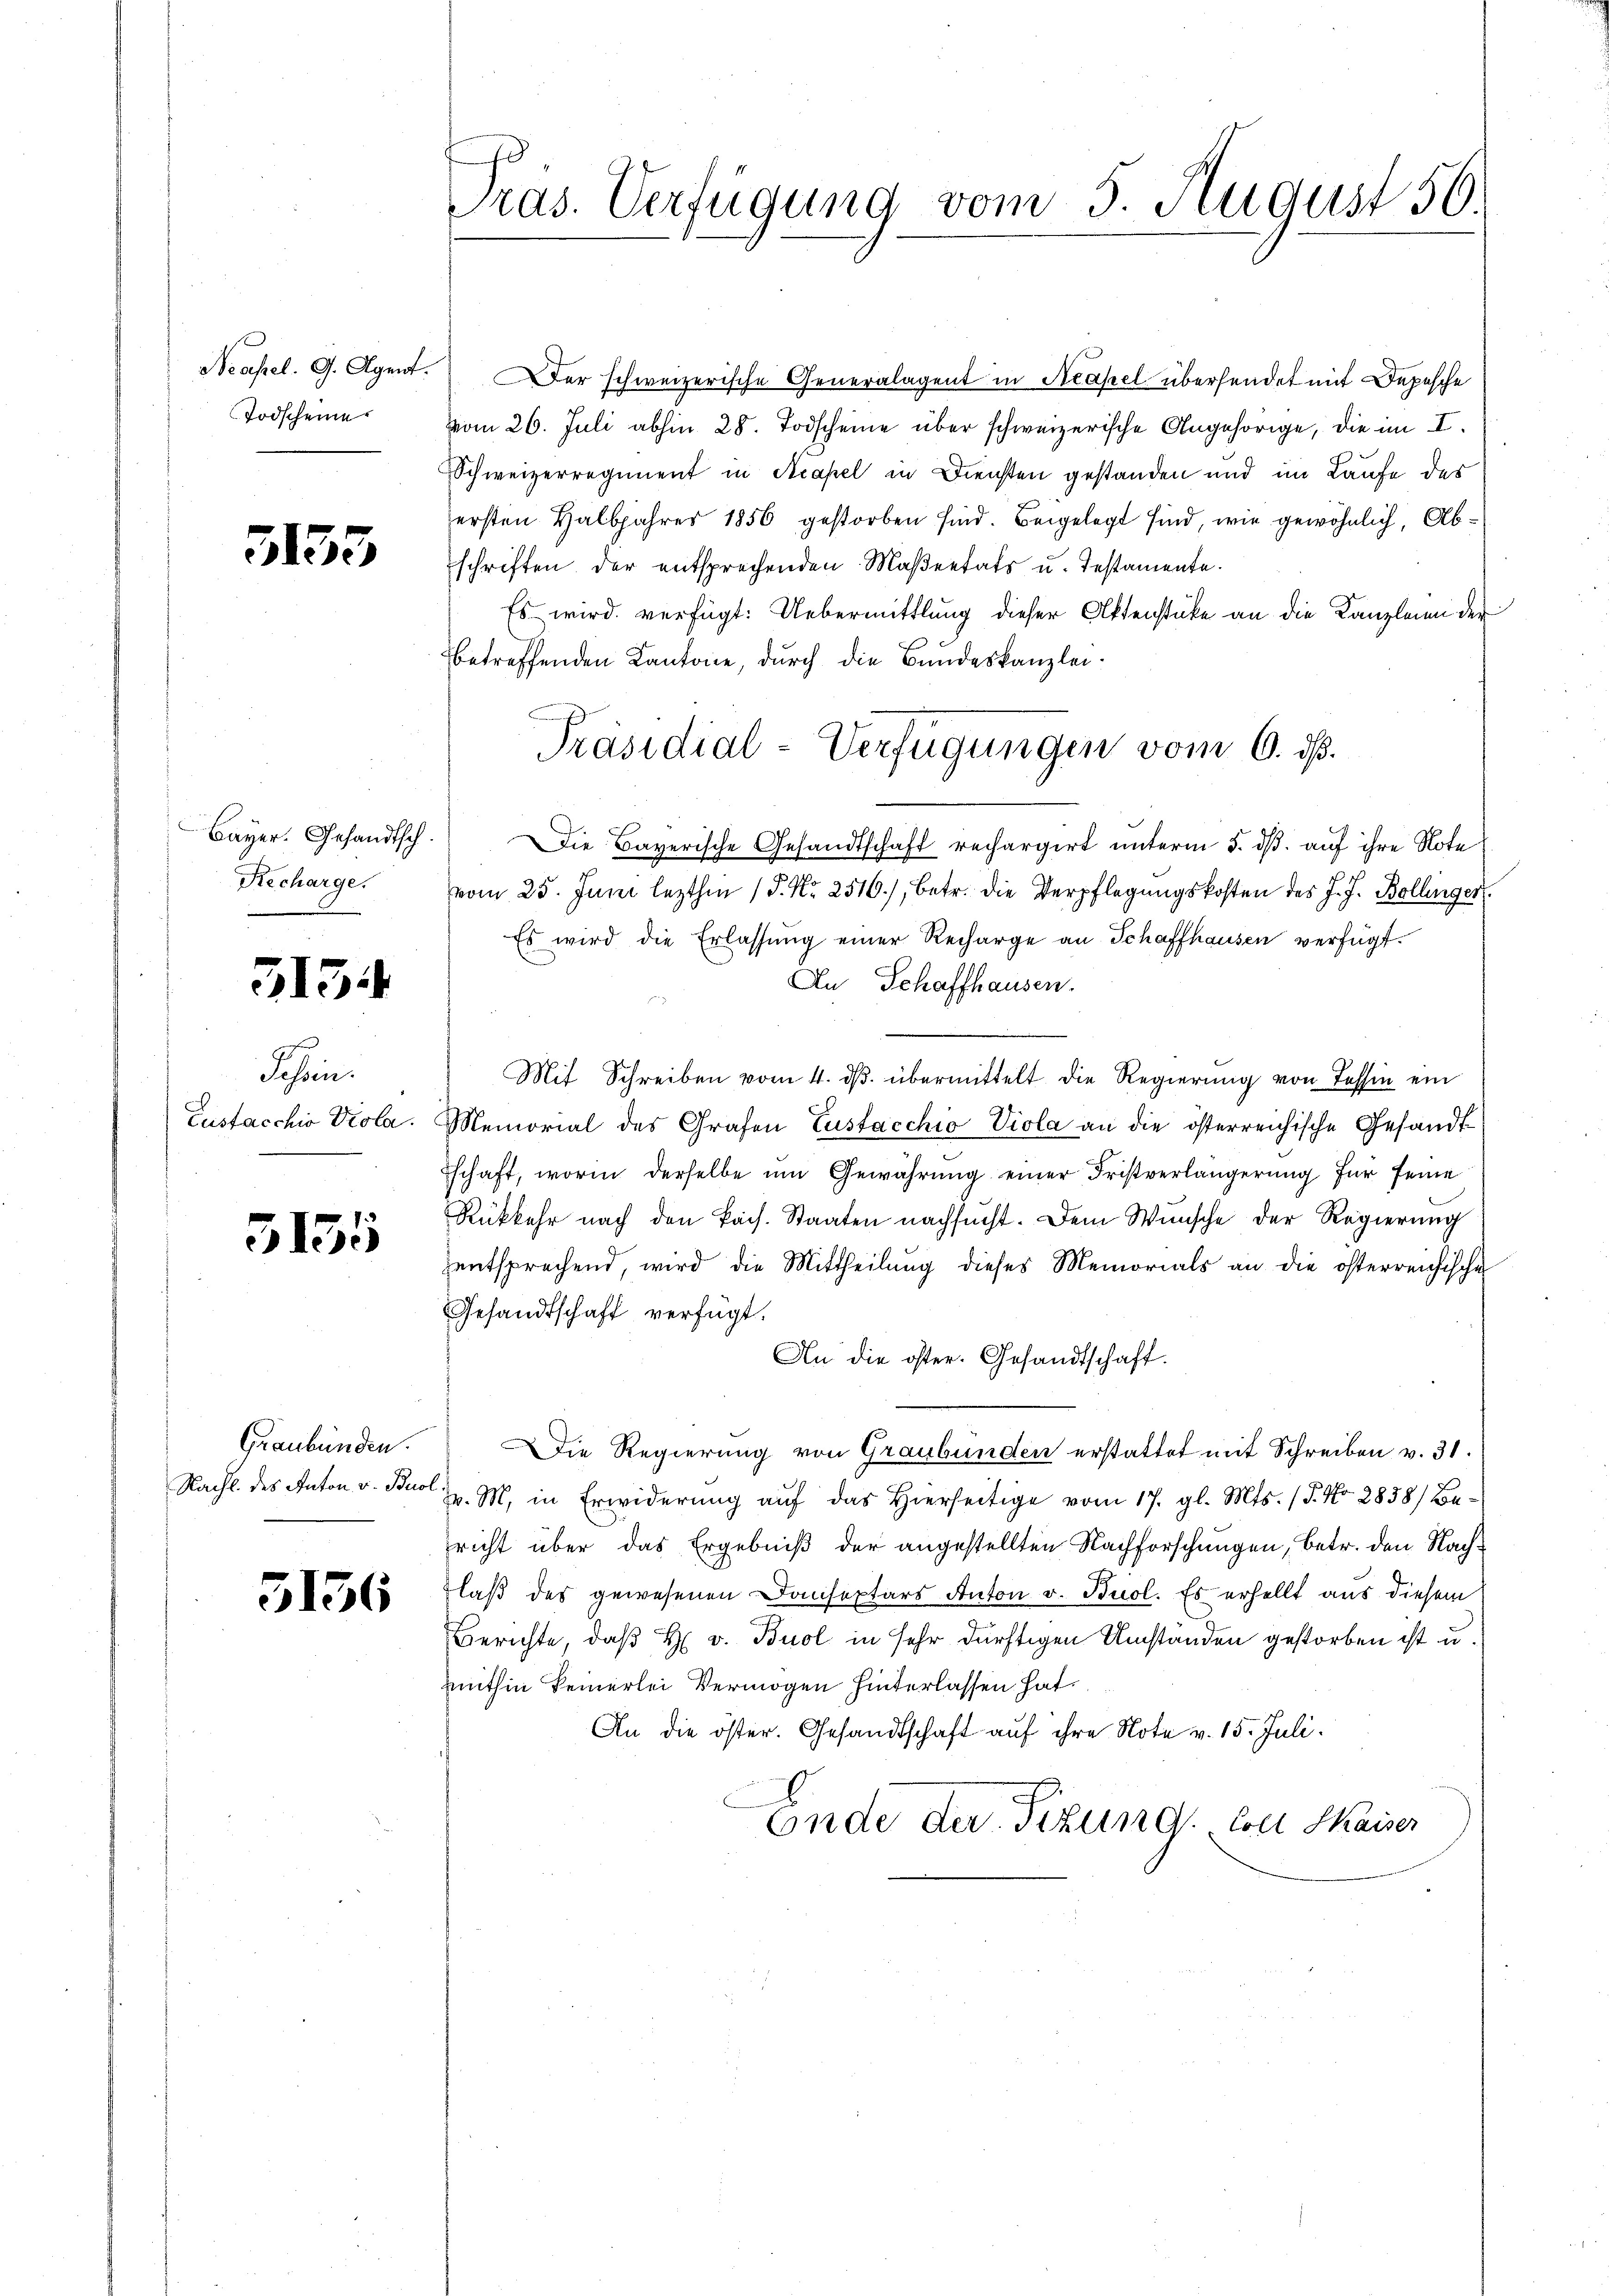
Neapel. G. Agent.
Todscheine

5155

Bayer. Gesandtsch.
Recharge.
—

3134

Schrein.
Eustacchio Vola.

5155

Graubünden.
Nachl. des Anton v. Bu

3136

ras. Verfügung vom 5. August 56

er schweizerische Generalagent in Neapel übersendet mit Depesche
vom 26. Juli abhin 28. Todscheine über schweizerische Angehörige, die im I.
Schweizerregiment in Acapel in Diensten gestanden und im Laufe des
ersten Halbjahres 1856 gestorben sind. Beigelegt sind, wie gewöhnlich, Abschriften der entsprechenden Maßeetats u. Testamente.
Es wird verfügt: Uebermittlung dieser Aktenstücke an die Kanzleien der
betreffenden Kantone, durch die Bundeskanzlei¬
 Die Bayerische Gesandtschaft rechargirt unterm 5. dß. auf ihre Note
vom 25. Juni lezthin 1 S. Nr. 2516), betr. die Verpflegŭngskosten des J. J. Bollinger
Es wird die Erlassung einer Recharge an Schaffhausen verfügt:
An Schaffhausen.
Mit Schreiben vom 4. dβ. übermittelt die Regierung von Tessin ein
Memorial des Grafen Zustacchio Viola an die österreichische Gesandtschaft, worin derselbe um Gewährung einer Fristverlängerung für seine
Rükkehr nach den kais. Staaten nachsucht. Dem Wünsche der Regierŭng
zentsprechend, wird die Mittheilung dieses Memorials an die österreichische
Gesandtschaft verfügt:
An die öster. Gesandtschaft.
Die Regierung von Graubünden erstattet mit Schreiben v. 31.
Z. M. in Erwiderung auf das Hierseitige vom 17. gl. Mts. (T. No. 2838) Bericht über das Ergebniß der angestellten Nachforschungen, betr. den Nachlaß des gewesenen Conseptars Anton v. Buol. Es erhellt aus diesem
Berichte, daß H. v. Buol in sehr dürftigen Umständen gestorben ist u.
mithin keinerlei Vermögen hinterlassen hat.
An die öster. Gesandtschaft auf ihre Note v. 15. Juli.
Ende der Sitzung. Soll Kaiser

Präsidial-Verfügungen vom 6. dß.